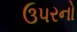
ઉપરનો